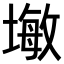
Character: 𪤓